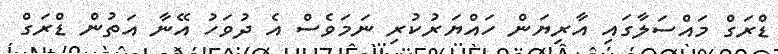
ޑްރަގް މައްސަލާގައި އާރިޔަން ހައްޔަރުކުރި ނަމަވެސް އެ ދުވަހު އޭނާ އަތުން ޑްރަގް